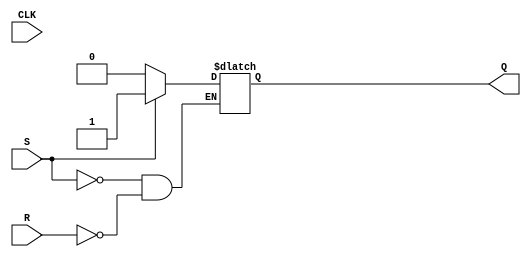
module sr_flip_flop (
    input S, R, CLK,
    output Q
);

reg Q;

always @ (S or R)
begin
    if (S)
        Q <= 1'b1;
    else if (R)
        Q <= 1'b0;
end

endmodule